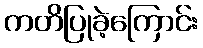
ကတိပြုခဲ့ကြောင်း